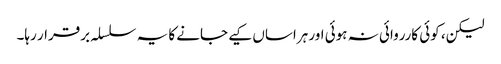
لیکن، کوئی کارروائی نہ ہوئی اور ہراساں کیے جانے کا یہ سلسلہ برقرار رہا۔